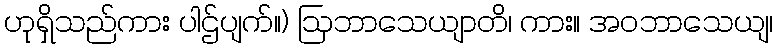
ဟုရှိသည်ကား ပါဌ်ပျက်။) ဩဘာသေယျာတိ၊ ကား။ အဝဘာသေယျ၊